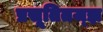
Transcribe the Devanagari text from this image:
प्रसूतितज्‍ज्ञ